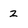
Character: 2